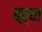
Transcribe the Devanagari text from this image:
बऱ्न